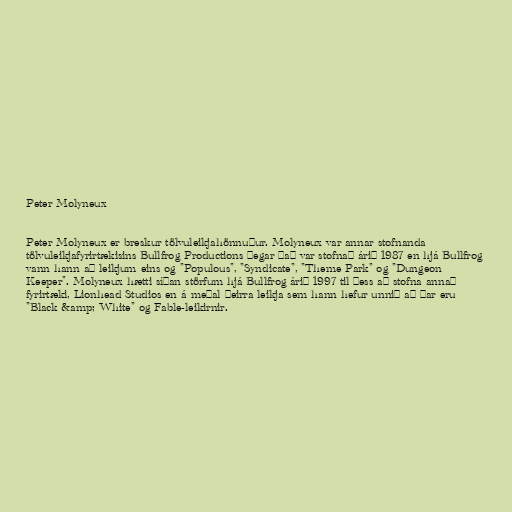
Peter Molyneux

Peter Molyneux er breskur tölvuleikjahönnuður. Molyneux var annar stofnanda
tölvuleikjafyrirtækisins Bullfrog Productions þegar það var stofnað árið 1987 en hjá Bullfrog
vann hann að leikjum eins og "Populous", "Syndicate", "Theme Park" og "Dungeon
Keeper". Molyneux hætti síðan störfum hjá Bullfrog árið 1997 til þess að stofna annað
fyrirtæki, Lionhead Studios en á meðal þeirra leikja sem hann hefur unnið að þar eru
"Black &amp; White" og Fable-leikirnir.